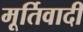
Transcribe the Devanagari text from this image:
मूर्तिवादी